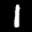
Label: 1